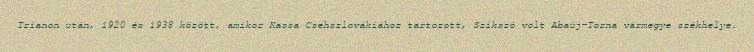
Trianon után, 1920 és 1938 között, amikor Kassa Csehszlovákiához tartozott, Szikszó volt Abaúj-Torna vármegye székhelye.